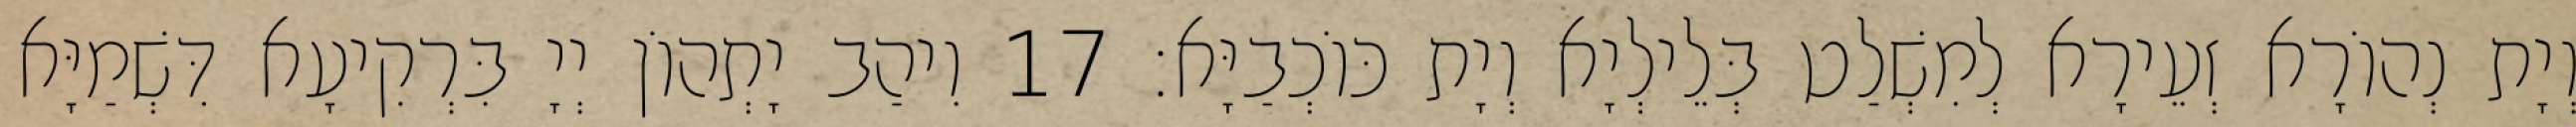
וְיָת נְהוֹרָא זְעֵירָא לְמִשְׁלַט בְּלֵילְיָא וְיָת כּוֹכְבַיָּא׃ 17 וִיהַב יָתְהוֹן יְיָ בִּרְקִיעָא דִּשְׁמַיָּא